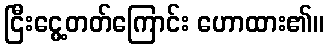
ငြီးငွေ့တတ်ကြောင်း ဟောထား၏။